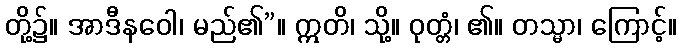
တို့၌။ အာဒီနဝေါ၊ မည်၏”။ ဣတိ၊ သို့။ ဝုတ္တံ၊ ၏။ တသ္မာ၊ ကြောင့်။